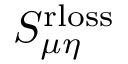
S _ { \mu \eta } ^ { \mathrm { r l o s s } }